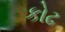
કોઢ